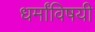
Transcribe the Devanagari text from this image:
धर्मांविषयी